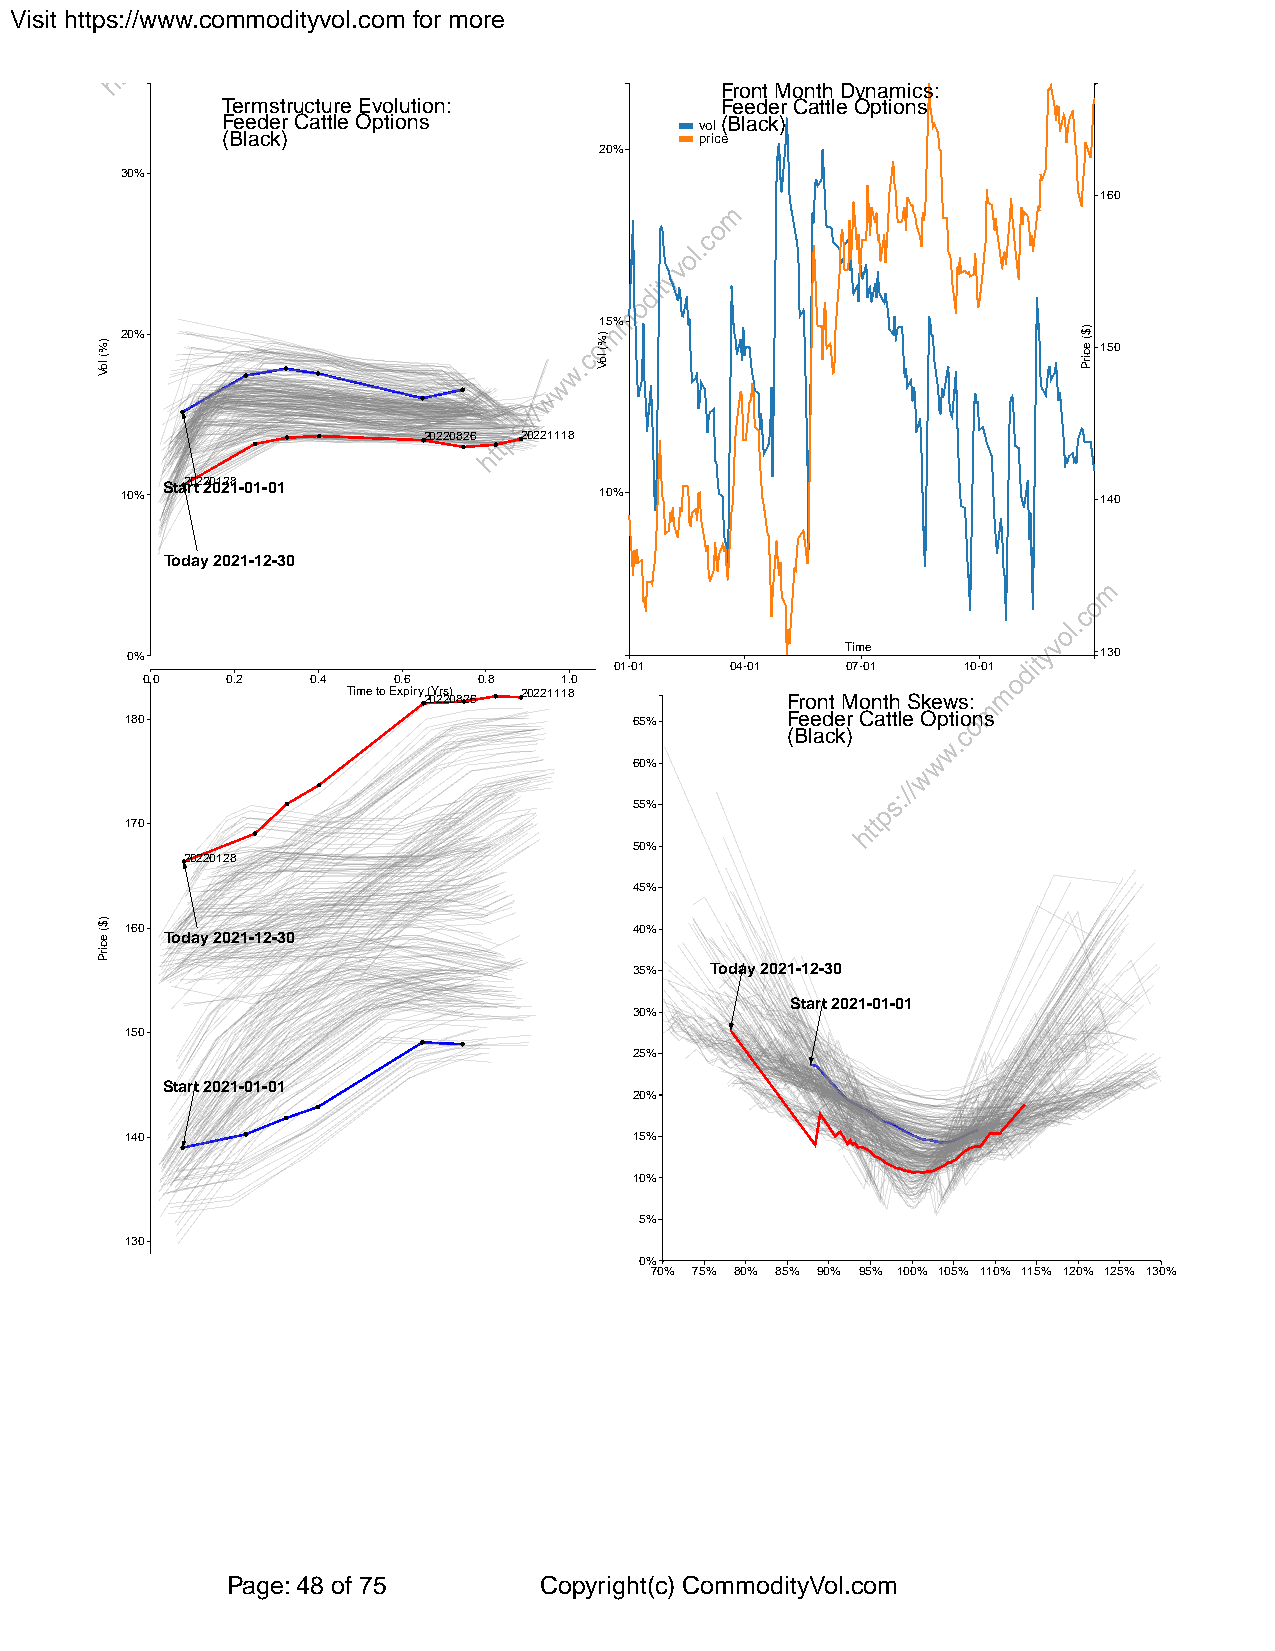
Visit https://www.commodityvol.com for more
 Front Month Dynamics:
 Termstructure Evolution:         Feeder Cattle Options
 Feeder Cattle Options          vol(Black)
 (Black)                        price
 20%
 30%
 160
 15%
 20%
 150
 20220826 20221118
 Sta2r0t2 220012281-01-01
 10%                             10%                              140
 Today 2021-12-30
 0%                                              Time             130
 01-01  04-01   07-01   10-01
 0.0   0.2   0.4  0.6   0.8  1.0
 Time to Expiry 2( 0Y 2rs 2) 0826 20221118 Front Month Skews:
 180                               65%       Feeder Cattle Options
 (Black)
 60%
 55%
 170
 50%
 20220128
 45%
 160                               40%
 Today 2021-12-30
 35%  Today 2021-12-30
 Start 2021-01-01
 30%
 150
 25%
 Start 2021-01-01
 20%
 140                               15%
 10%
 5%
 130
 0%
 70% 75% 80% 85% 90% 95% 100% 105% 110% 115% 120% 125% 130%
 Page: 48 of 75       Copyright(c) CommodityVol.com
 )%(
 loV
 )$(
 ecirP
 )%(
 loV
 )$(
 ecirP